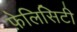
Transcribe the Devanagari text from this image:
फ़ेलिसिटी